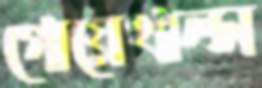
গোয়েথাল্স